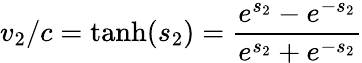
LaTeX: v_{2}/c={\mathrm{tanh}}(s_{2})={\frac{e^{s_{2}}-e^{-s_{2}}}{e^{s_{2}}+e^{-s_{2}}}}